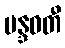
မန္ဒဝတီ